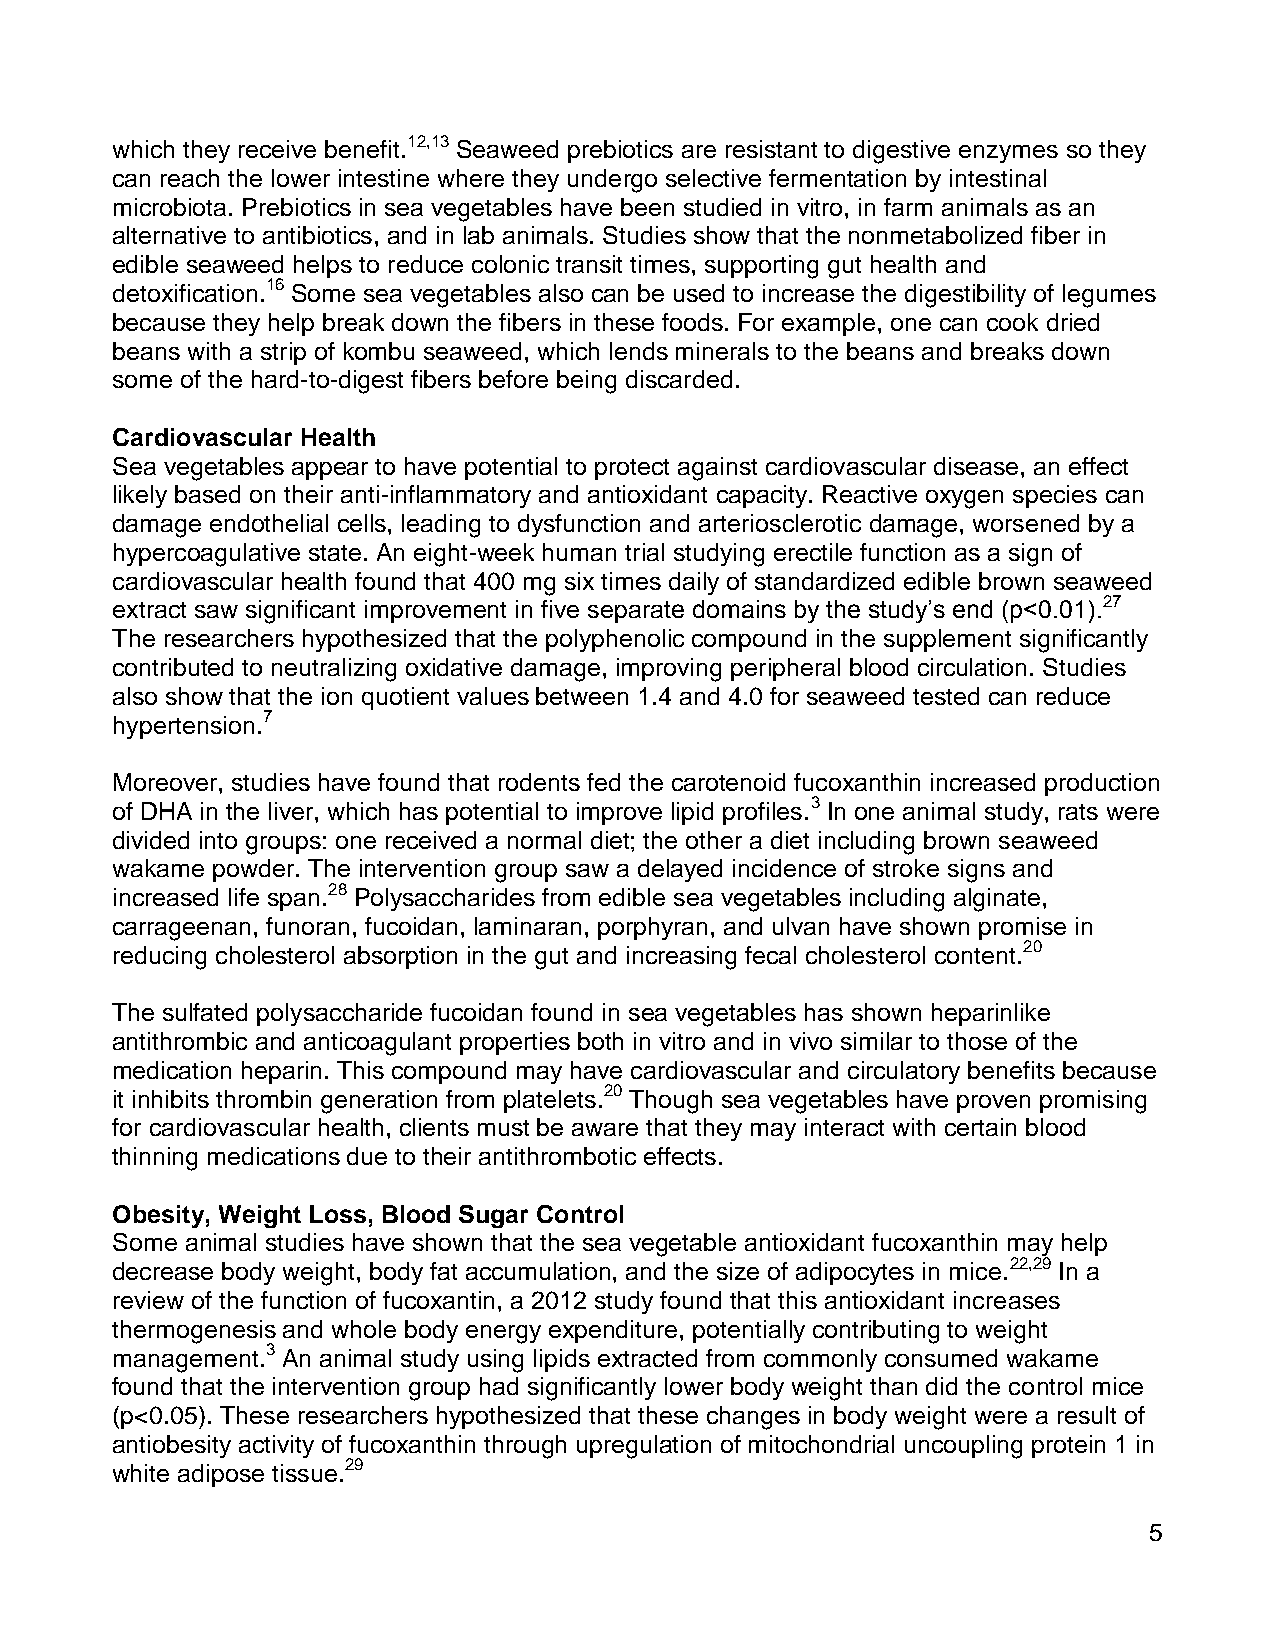
which they receive benefit.12,13 Seaweed prebiotics are resistant to digestive enzymes so they
 can reach the lower intestine where they undergo selective fermentation by intestinal
 microbiota. Prebiotics in sea vegetables have been studied in vitro, in farm animals as an
 alternative to antibiotics, and in lab animals. Studies show that the nonmetabolized fiber in
 edible seaweed helps to reduce colonic transit times, supporting gut health and
 detoxification.16 Some sea vegetables also can be used to increase the digestibility of legumes
 because they help break down the fibers in these foods. For example, one can cook dried
 beans with a strip of kombu seaweed, which lends minerals to the beans and breaks down
 some of the hard-to-digest fibers before being discarded.
 Cardiovascular Health
 Sea vegetables appear to have potential to protect against cardiovascular disease, an effect
 likely based on their anti-inflammatory and antioxidant capacity. Reactive oxygen species can
 damage endothelial cells, leading to dysfunction and arteriosclerotic damage, worsened by a
 hypercoagulative state. An eight-week human trial studying erectile function as a sign of
 cardiovascular health found that 400 mg six times daily of standardized edible brown seaweed
 extract saw significant improvement in five separate domains by the study’s end (p<0.01).27
 The researchers hypothesized that the polyphenolic compound in the supplement significantly
 contributed to neutralizing oxidative damage, improving peripheral blood circulation. Studies
 also show that the ion quotient values between 1.4 and 4.0 for seaweed tested can reduce
 hypertension.7
 Moreover, studies have found that rodents fed the carotenoid fucoxanthin increased production
 of DHA in the liver, which has potential to improve lipid profiles.3 In one animal study, rats were
 divided into groups: one received a normal diet; the other a diet including brown seaweed
 wakame powder. The intervention group saw a delayed incidence of stroke signs and
 increased life span.28 Polysaccharides from edible sea vegetables including alginate,
 carrageenan, funoran, fucoidan, laminaran, porphyran, and ulvan have shown promise in
 reducing cholesterol absorption in the gut and increasing fecal cholesterol content.20
 The sulfated polysaccharide fucoidan found in sea vegetables has shown heparinlike
 antithrombic and anticoagulant properties both in vitro and in vivo similar to those of the
 medication heparin. This compound may have cardiovascular and circulatory benefits because
 it inhibits thrombin generation from platelets.20 Though sea vegetables have proven promising
 for cardiovascular health, clients must be aware that they may interact with certain blood
 thinning medications due to their antithrombotic effects.
 Obesity, Weight Loss, Blood Sugar Control
 Some animal studies have shown that the sea vegetable antioxidant fucoxanthin may help
 decrease body weight, body fat accumulation, and the size of adipocytes in mice.22,29 In a
 review of the function of fucoxantin, a 2012 study found that this antioxidant increases
 thermogenesis and whole body energy expenditure, potentially contributing to weight
 management.3 An animal study using lipids extracted from commonly consumed wakame
 found that the intervention group had significantly lower body weight than did the control mice
 (p<0.05). These researchers hypothesized that these changes in body weight were a result of
 antiobesity activity of fucoxanthin through upregulation of mitochondrial uncoupling protein 1 in
 white adipose tissue.29
 5